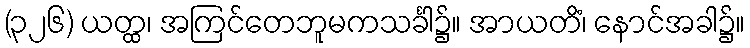
(၃၂၆) ယတ္ထ၊ အကြင်တေဘူမကသင်္ခါ၌။ အာယတိံ၊ နောင်အခါ၌။